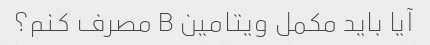
آیا باید مکمل ویتامین B مصرف کنم؟